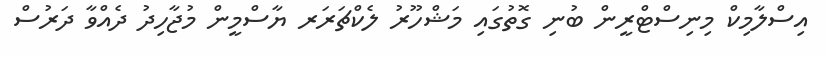
އިސްލާމިކް މިނިސްޓްރީން ބުނި ގޮތުގައި މަޝްހޫރު ލެކްޗަރަރ ޔާސްމީން މުޖާހިދު ދެއްވާ ދަރުސް